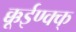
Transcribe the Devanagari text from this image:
क्कूईण्क्क्